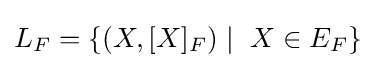
{\textstyle L_{F}=\{(X,[X]_{F})\mid \ X\in E_{F}\}}